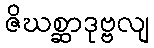
ဇိဃစ္ဆာဒုဗ္ဗလျ